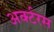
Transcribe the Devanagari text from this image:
अर्क्टरस